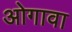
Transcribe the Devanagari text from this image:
ओगावा